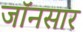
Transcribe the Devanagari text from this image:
जॉनसार